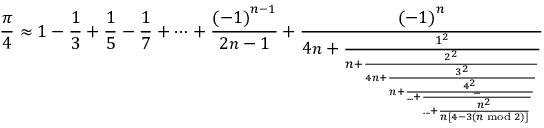
{ \frac { \pi } { 4 } } \approx 1 - { \frac { 1 } { 3 } } + { \frac { 1 } { 5 } } - { \frac { 1 } { 7 } } + \cdots + { \frac { \left( - 1 \right) ^ { n - 1 } } { 2 n - 1 } } + { \frac { \left( - 1 \right) ^ { n } } { 4 n + { \frac { 1 ^ { 2 } } { n + { \frac { 2 ^ { 2 } } { 4 n + { \frac { 3 ^ { 2 } } { n + { \frac { 4 ^ { 2 } } { . . . + { \frac { . . . } { . . . + { \frac { n ^ { 2 } } { n \left[ 4 - 3 \left( n { \bmod { 2 } } \right) \right] } } } } } } } } } } } } } }